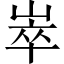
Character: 崒